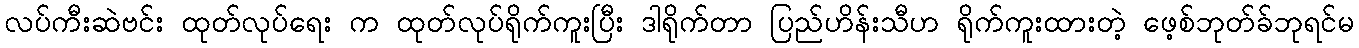
လပ်ကီးဆဲဗင်း ထုတ်လုပ်ရေး က ထုတ်လုပ်ရိုက်ကူးပြီး ဒါရိုက်တာ ပြည်ဟိန်းသီဟ ရိုက်ကူးထားတဲ့ ဖေ့စ်ဘုတ်ခ်ဘုရင်မ